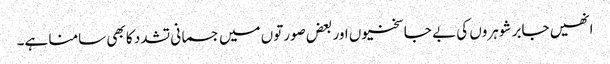
انھیں جابر شوہروں کی بے جا سختیوں اور بعض صورتوں میں جسمانی تشدد کا بھی سامنا ہے۔